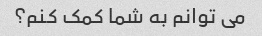
می توانم به شما کمک کنم؟